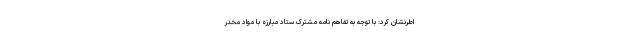
اطرنشان کرد: با توجه به تفاهم نامه مشترک ستاد مبارزه با مواد مخدر